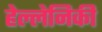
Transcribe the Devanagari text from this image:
हेल्लेनिकी